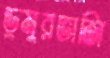
ডুমুরভাজি